Scottish Leaving Certificate Examination, 1954
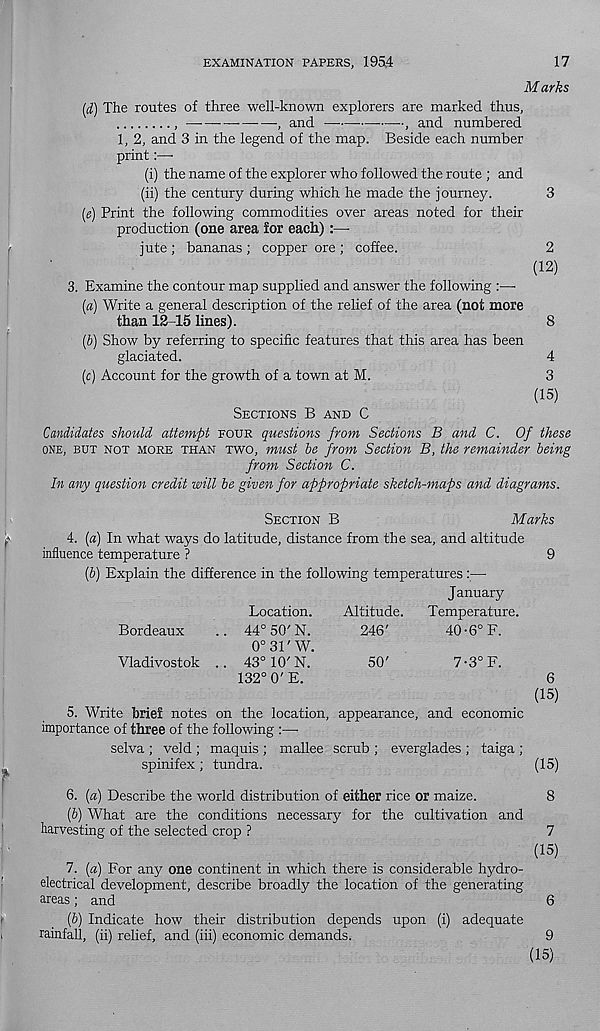
EXAMINATION PAPERS, 1954
17
Marks
(d) The routes of three well-known explorers are marked thus,
—
, and —
, and numbered
1, 2, and 3 in the legend of the map. Beside each number
print:—•
(i) the name of the explorer who followed the route ; and
(ii) the century during which he made the journey.
3
(g) Print the following commodities over areas noted for their
production (one area for each):—
jute ; bananas ; copper ore ; coffee.
2
(12)
3. Examine the contour map supplied and answer the following :—•
(a) Write a general description of the relief of the area (not more
than 12-15 lines).
8
(b) Show by referring to specific features that this area has been
glaciated.
4
(c) Account for the growth of a town at M.
3
(15)
SECTIONS B AND C
Candidates should attempt FOUR questions from Sections B and C. Of these
ONE, BUT NOT MORE THAN TWO, must be from Section B, the remainder being
from Section C.
In any question credit will be given for appropriate sketch-maps and diagrams.
SECTION B
Marks
4. (a) In what ways do latitude, distance from the sea, and altitude
influence temperature ?
9
(6) Explain the difference in the following temperatures :—
January
Location.
Altitude.
Temperature.
Bordeaux
.. 44° 50'N.
246'
40-6° F.
0° 31' W.
Vladivostok .. 43 o 10 , N.
50'
7-3°F.
132° 0' E.
6
(15)
5. Write brief notes on the location, appearance, and economic
importance of three of the following :—
selva ; veld ; maquis ; mallee scrub ; everglades ; taiga ;
spinifex; tundra.
(15)
6. («) Describe the world distribution of either rice or maize.
8
(b) What are the conditions necessary for the cultivation and
harvesting of the selected crop ?
7
(15)
7. (a) For any one continent in which there is considerable hydro-
electrical development, describe broadly the location of the generating
areas ; and
6
(6) Indicate how their distribution depends upon (i) adequate
rainfall, (ii) relief, and (iii) economic demands.
9